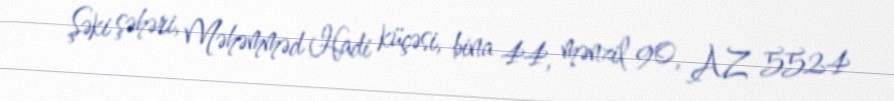
Şəki şəhəri, Məhəmməd Hadi küçəsi, bina 44, mənzil 90, AZ 5524